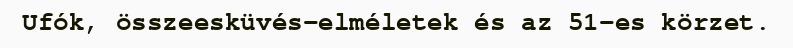
Ufók, összeesküvés-elméletek és az 51-es körzet.